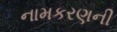
નામકરણની